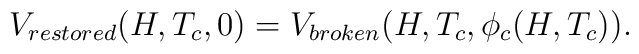
V_{restored}(H, T_c, 0) = V_{broken}(H, T_c, \phi_c(H, T_c)).